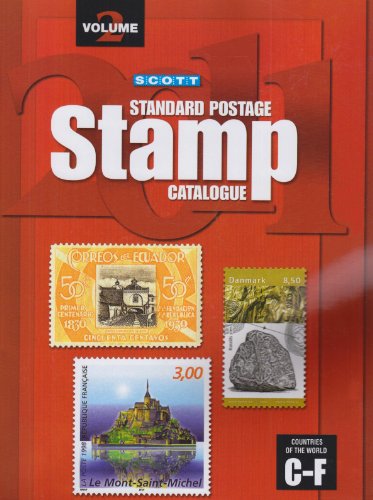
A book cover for Scott 2011 Standard Postage Stamp Catalogue, Vol. 2: Countries of the World- C-F; Crafts, Hobbies & Home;